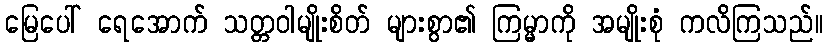
မြေပေါ် ရေအောက် သတ္တဝါမျိုးစိတ် များစွာ၏ ကြမ္မာကို အမျိုးစုံ ကလိကြသည်။